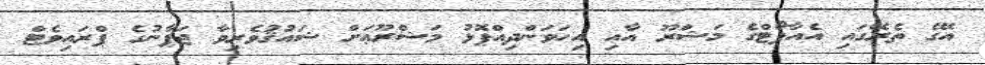
އޭގެ ތެރޭގައި އެއާޕޯޓްގެ މަޝްރޫ އާއި އިހަވަންދިއްޕޮޅު މަޝްރޫޢަށް ޝައުޤުވެރިވާ ޖަޕާނުގެ ޕްރައިވެޓް